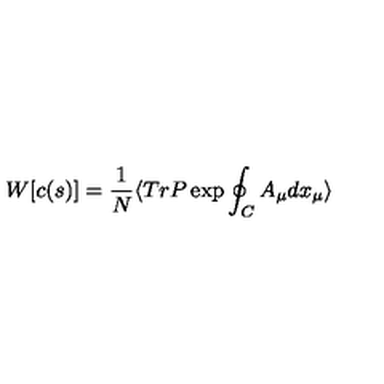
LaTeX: W [ c ( s ) ] = \frac { 1 } { N } \langle T r P \exp \oint _ { C } A _ { \mu } d x _ { \mu } \rangle